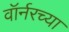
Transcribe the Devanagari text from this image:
वॉर्नरच्या